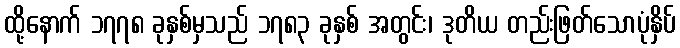
ထို့နောက် ၁၇၇၈ ခုနှစ်မှသည် ၁၇၈၃ ခုနှစ် အတွင်း၊ ဒုတိယ တည်းဖြတ်သောပုံနှိပ်